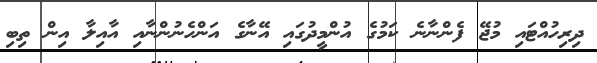
ދިރިހުއްޓައި މުޖޭ ފެންނާނެ ކަމުގެ އުންމީދުގައި އޭނާގެ އަންހެނުންނާއި އާއިލާ އިން ތިބި